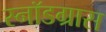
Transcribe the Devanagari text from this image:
स्नॉडग्रास